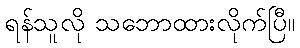
ရန်သူလို သဘောထားလိုက်ပြီ။